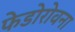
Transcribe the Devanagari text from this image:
फेडोरोवना